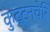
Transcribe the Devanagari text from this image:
कुट्टनचेरि